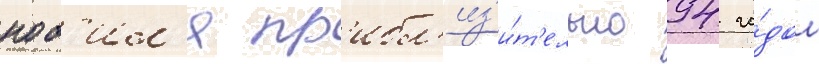
ноб'ил'я пр'ибл'из'и́т'ельно 94 го́дом